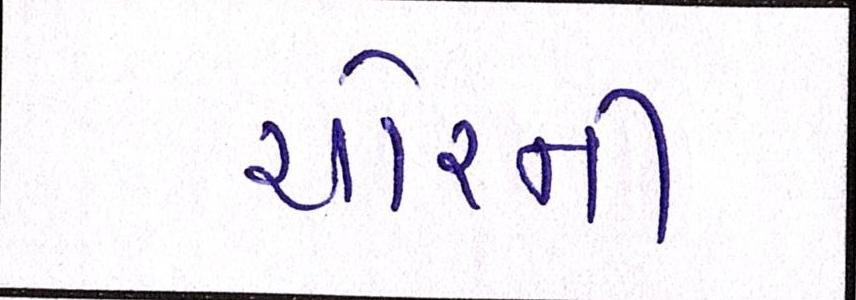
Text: ચોરની